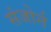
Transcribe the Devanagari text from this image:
संजोर्न